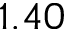
1 . 4 0